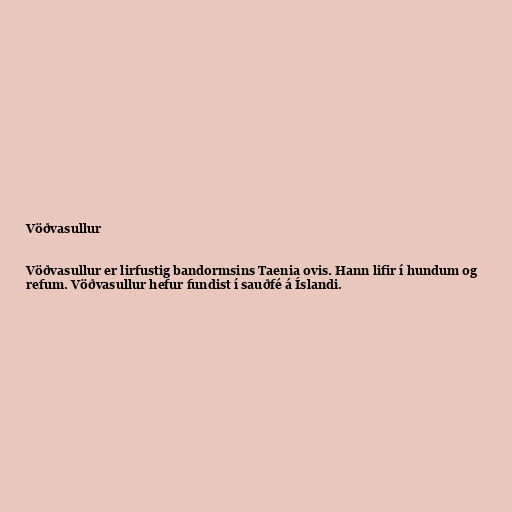
Vöðvasullur

Vöðvasullur er lirfustig bandormsins Taenia ovis. Hann lifir í hundum og
refum. Vöðvasullur hefur fundist í sauðfé á Íslandi.